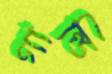
গান্ডি